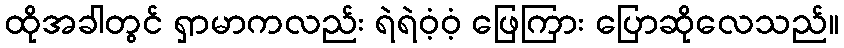
ထိုအခါတွင် ရှာမာကလည်း ရဲရဲဝံ့ဝံ့ ဖြေကြား ပြောဆိုလေသည်။